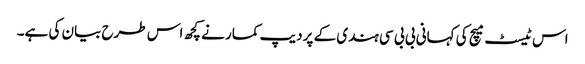
اس ٹیسٹ میچ کی کہانی بی بی سی ہندی کے پردیپ کمار نے کچھ اس طرح بیان کی ہے۔